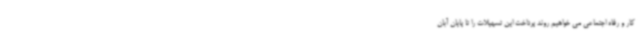
کار و رفاه اجتماعی می خواهیم روند پرداخت این تسهیلات را تا پایان آبان